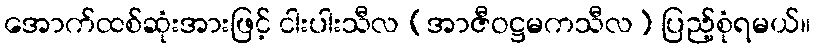
အောက်ထစ်ဆုံးအားဖြင့် ငါးပါးသီလ (အာဇီဝဋ္ဌမကသီလ) ပြည့်စုံရမယ်။